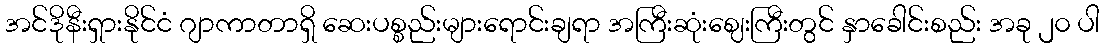
အင်ဒိုနီးရှားနိုင်ငံ ဂျာကာတာရှိ ဆေးပစ္စည်းများရောင်းချရာ အကြီးဆုံးဈေးကြီးတွင် နှာခေါင်းစည်း အခု ၂၀ ပါ